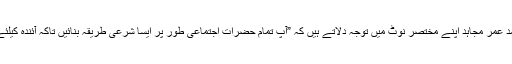
لیکن اس سوالنامے پر سربراہ مملکت ملا محمد عمر مجاہد اپنے مختصر نوٹ میں توجہ دلاتے ہیں کہ ”آپ تمام حضرات اجتماعی طور پر ایسا شرعی طریقہ بنائیں تاکہ آئندہ کیلئے وزارت امر بالمعروف کیلئے لائحہ عمل ہو۔